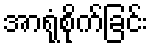
အာရုံစိုက်ခြင်း